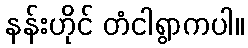
နန်းဟိုင် တံငါရွာကပါ။